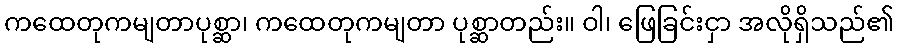
ကထေတုကမျတာပုစ္ဆာ၊ ကထေတုကမျတာ ပုစ္ဆာတည်း။ ဝါ၊ ဖြေခြင်းငှာ အလိုရှိသည်၏